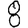
Digit: 8